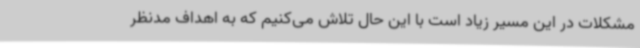
مشکلات در این مسیر زیاد است با این حال تلاش می‌کنیم که به اهداف مدنظر